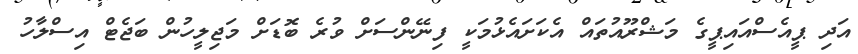
އަދި ޕީއެސްއައިޕީގެ މަޝްރޫއުތައް އެކަށައެޅުމަކީ ފިނޭންސަށް ވުރެ ބޮޑަށް މަޖިލީހުން ބަޖެޓް އިސްލާހު